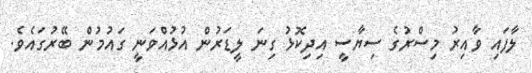
ލާފައި ވާއިރު މިސްރުގެ ސިޔާސީ އިދިކޮޅު ގިނަ ލީޑަރުން އުޅުއްވަނީ ގައުމުން ބޭރުގައެވެ.